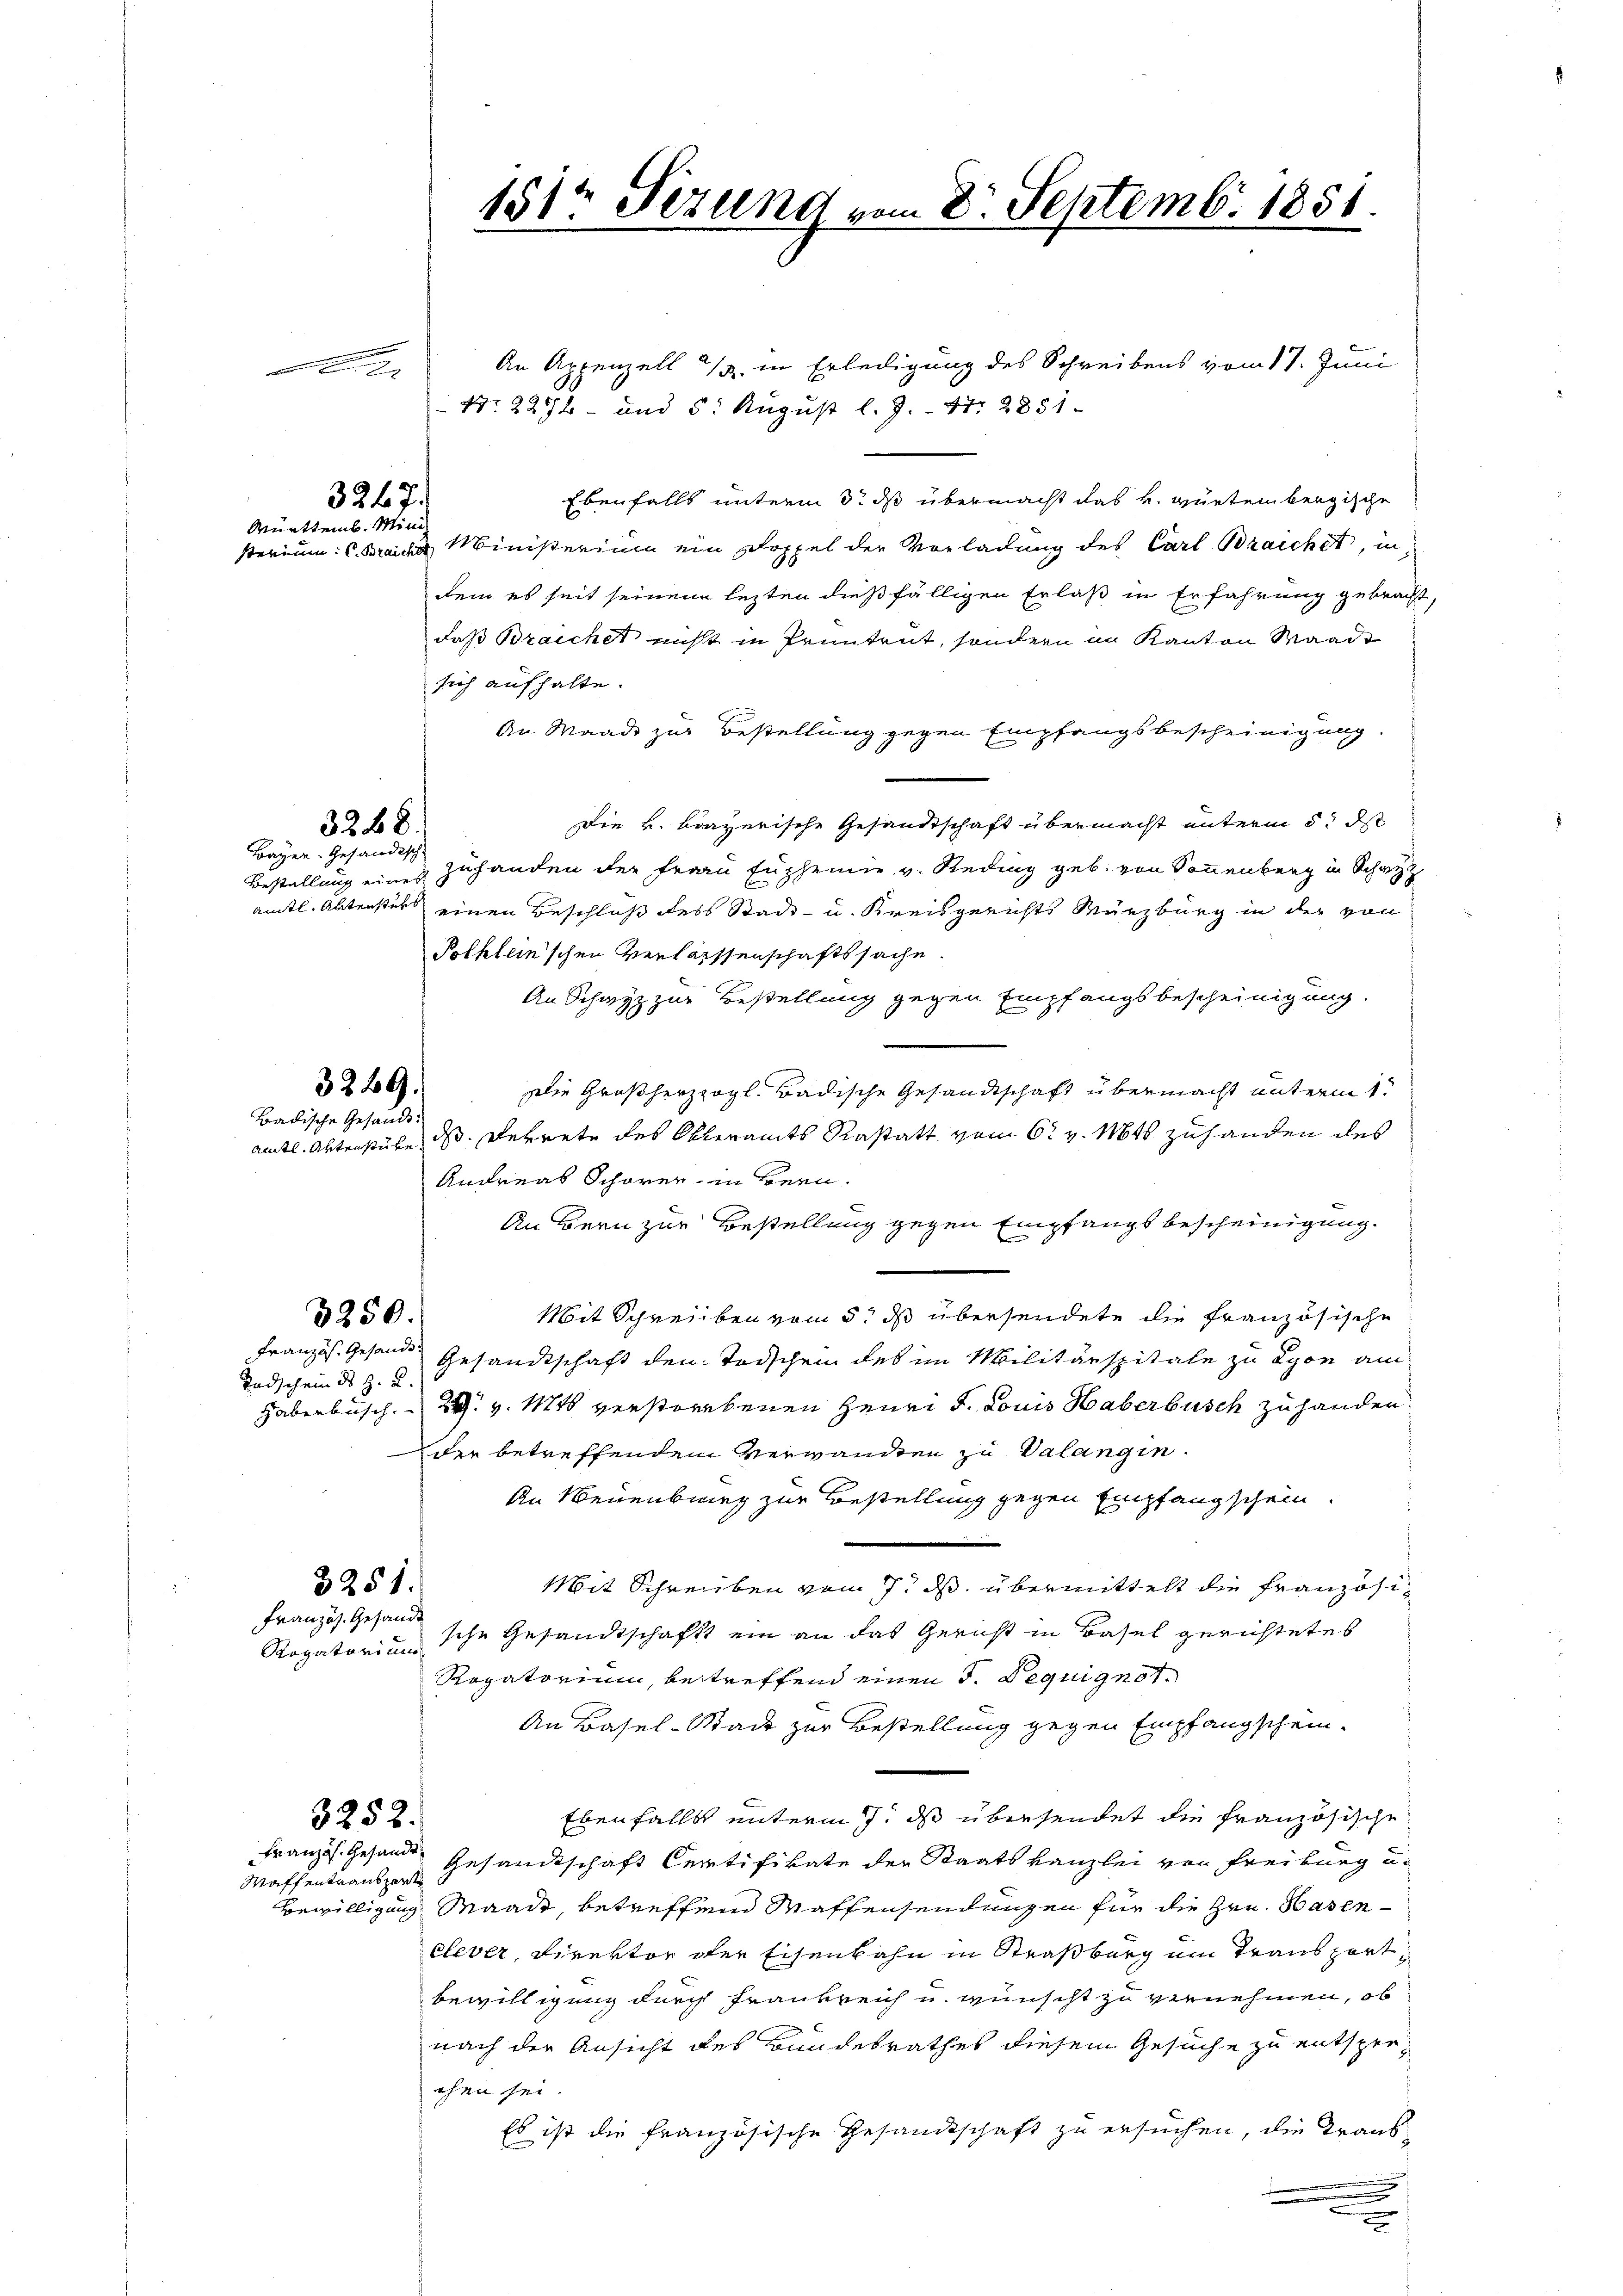
3247.
Mürttemb. Mini

Bayer-Gesändisch.

3268.

3269.
Badische Gesandt¬

Tadschein des z. B.

A

Französ. Gesandt

An Appenzell u. in Erledigung des Schreibens vom 17. Juni
Nr. 224 - und 5. August l. J. 17. 2851
Ebenfalls unterm 3t ds übermacht das k. würtembergische
sterium: C. Beider Ministerium ein Doppel der Vorladung des Carl Brachet, in
dem es seit seinem lezten dießfälligen Erlaß in Erfahrung gebracht,
daß Brachet nicht in Pruntrut, sondern im Kanton Waadt
sich aufhalte.
An Waadt zur Bestellung gegen Empfangsbescheinigung
Die k. bayerische Gesandtschaft übermacht unterm 5t d
Bestellung eines Zuhanden der Frau Euphemie v. Reding geb. von Sonnenberg in Sch
ämtl. Aktenstets einen Beschluß des Stadt- u. Kreisgerichts Würzburg in der von
Polklein’schen Verlassenschaftssache.
An Schwyz zur Bestellung gegen Empfangsbescheinigung.
Die Großherzogl. Badische Gesandtschaft übermacht unterm 1.
amtl. Aktenstube ds Betrete des Oberamts Rastatt vom 6. v. Mts zuhanden des
Andreas Schörer in Bern.
An Bern zur Bestellung gegen Empfangsbescheinigung.
Mit Schreiben vom 5. ds übersendete die französische
3250.
Französ. Gesandt Gesandtschaft den Todschen des im Militärspitale zu Lyon am
Habenbusch. 2. v. Mts verstorbenen Heuri d. Louis Haberbusch zu handen.
der betreffenden Verwanden zu Valangin.
An Neuenburg zur Bestellung gegen Empfangschein.
Mit Schreiben vom 7. ds übermittelt die Französi¬
3251.
Rogatorius sche Gesandtschaft ein an das Gericht in Basel gerichtetes
Rogatorium, betreffend einen S. Beguignot.
An Basel-Stadt zur Bestellung gegen Empfangschein.
Ebenfalls unterm 7. ds übersendet die französische
3252.
Gesandtschaft Certifikate der Staatskanzlei von Freiburg u.
Bewilligung Waadt, betreffend Waffensendungen für die Hrn. Hasenclever, Direktor der Eisenbahn in Straßburg um Transport
bewilligung durch Frankreich u. wünscht zu vernehmen, ob
nach der Ansicht des Bundesrathes diesem Gesuche zu entsprechen sei.
Es ist die französische Gesandtschaft zu ersuchen, die Trans

Französ. Gesandt¬
Waffentransport

151 Fezung vom 8. Septemb. 1851.
.